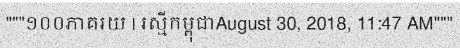
"""១០០ភាគរយ | រស្មីកម្ពុជាAugust 30, 2018, 11:47 AM"""